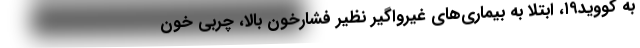
به کووید۱۹، ابتلا به بیماری‌های غیرواگیر نظیر فشارخون بالا، چربی خون